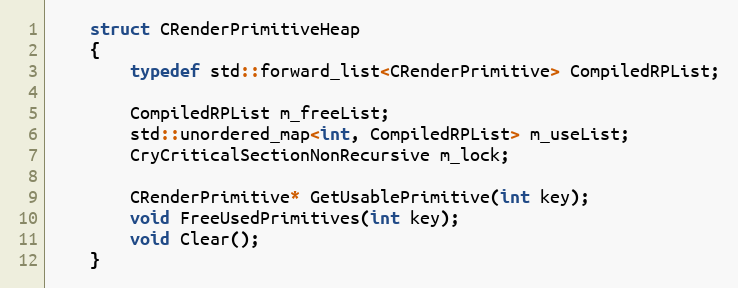
Language: C
	struct CRenderPrimitiveHeap
	{
		typedef std::forward_list<CRenderPrimitive> CompiledRPList;

		CompiledRPList m_freeList;
		std::unordered_map<int, CompiledRPList> m_useList;
		CryCriticalSectionNonRecursive m_lock;

		CRenderPrimitive* GetUsablePrimitive(int key);
		void FreeUsedPrimitives(int key);
		void Clear();
	}